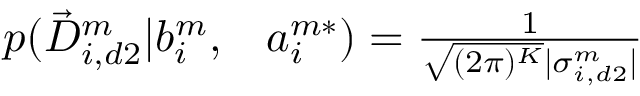
\begin{array} { r l } { p ( \vec { D } _ { i , d 2 } ^ { m } | b _ { i } ^ { m } , } & { { } a _ { i } ^ { m * } ) = \frac { 1 } { \sqrt { ( 2 \pi ) ^ { K } } | \sigma _ { i , d 2 } ^ { m } | } } \end{array}